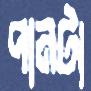
পানটা